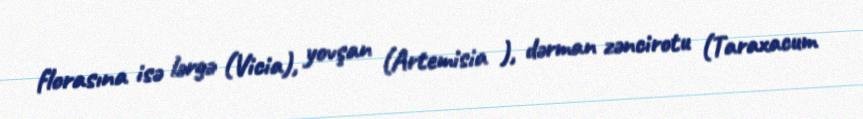
florasına isə lərgə (Vicia), yovşan (Artemisia ), dərman zəncirotu (Taraxacum